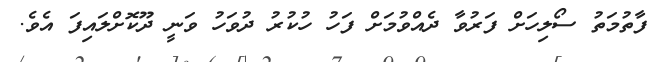
ފާތުމަތު ސޯލިހަށް ފަރުވާ ދެއްވުމަށް ފަހު ހުކުރު ދުވަހު ވަނީ ދޫކޮށްލައިފަ އެވެ.